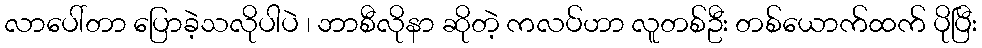
လာပေါ်တာ ပြောခဲ့သလိုပါပဲ ၊ ဘာစီလိုနာ ဆိုတဲ့ ကလပ်ဟာ လူတစ်ဦး တစ်ယောက်ထက် ပိုပြီး